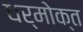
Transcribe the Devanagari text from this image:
धर्मोक्त